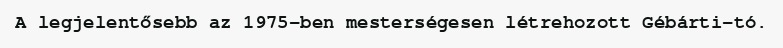
A legjelentősebb az 1975-ben mesterségesen létrehozott Gébárti-tó.